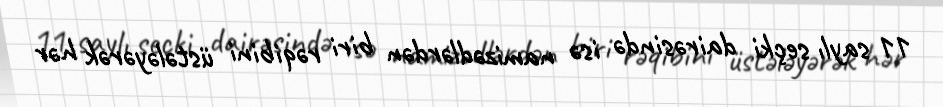
11 saylı seçki dairəsində isə namizədlərdən biri rəqibini üstələyərək hər